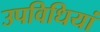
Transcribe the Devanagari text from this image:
उपविधियां